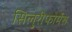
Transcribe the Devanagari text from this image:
सिलुरीफोर्मेस